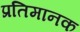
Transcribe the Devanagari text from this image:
प्रतिमानक